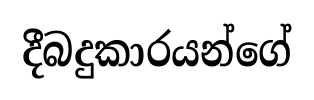
දීබදුකාරයන්ගේ